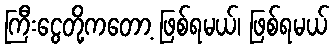
ကြီးငွေတို့ကတော့ ဖြစ်ရမယ်၊ ဖြစ်ရမယ်